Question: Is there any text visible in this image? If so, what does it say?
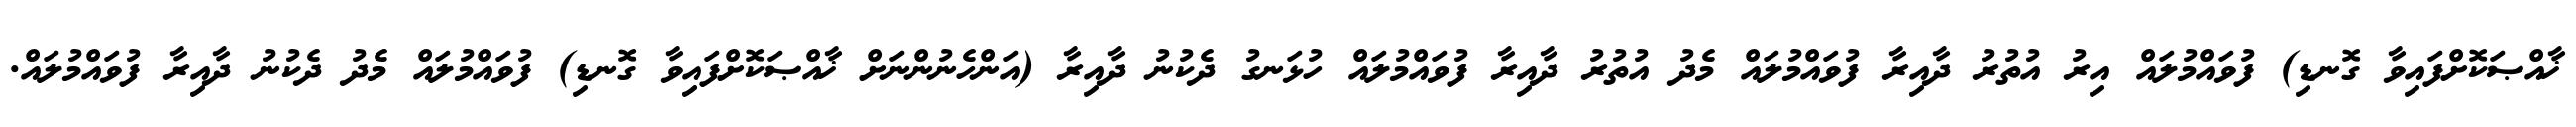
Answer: ޚާއްޞަކޮށްފައިވާ ގޮނޑި) ފުވައްމުލައް އިރު އުތުރު ދާއިރާ ފުވައްމުލައް މެދު އުތުރު ދާއިރާ ފުވައްމުލައް ހުޅަނގު ދެކުނު ދާއިރާ (އަންހެނުންނަށް ޚާއްޞަކޮށްފައިވާ ގޮނޑި) ފުވައްމުލައް މެދު ދެކުނު ދާއިރާ ފުވައްމުލައް.